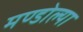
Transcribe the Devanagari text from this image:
मण्डोल्या